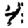
Digit: 4